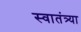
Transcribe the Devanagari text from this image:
स्वातंत्र्या